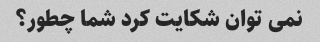
نمی توان شکایت کرد شما چطور؟